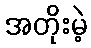
အတိုးမဲ့